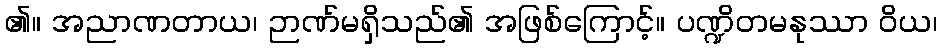
၏။ အညာဏတာယ၊ ဉာဏ်မရှိသည်၏ အဖြစ်ကြောင့်။ ပဏ္ဍိတမနုဿာ ဝိယ၊